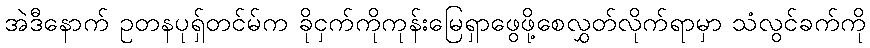
အဲဒီနောက် ဥတနပုရှ်တင်မ်က ခိုငှက်ကိုကုန်းမြေရှာဖွေဖို့စေလွှတ်လိုက်ရာမှာ သံလွင်ခက်ကို